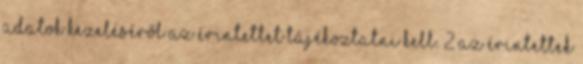
adatok kezeléséről az érintettet tájékoztatni kell. 2 Az érintettek